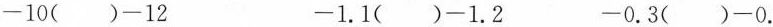
-10()-12 -1.1()-1.2 -0.3()-0.